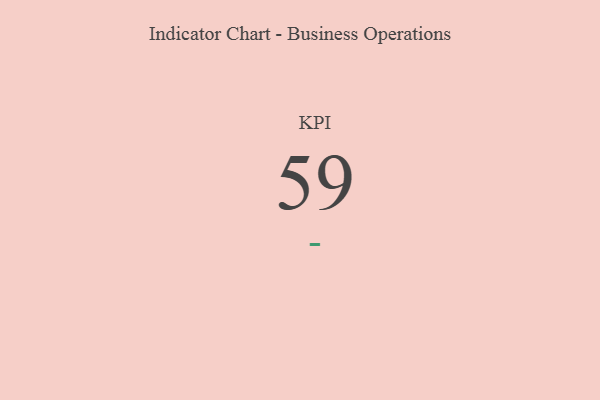
{"axis": {"x": "KPI", "y": "Value"}, "legend": [""], "data": [{"x": "KPI", "y": 59, "type": ""}]}